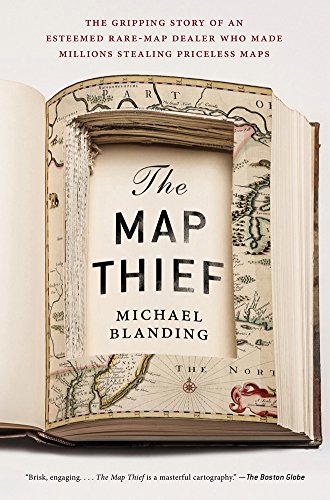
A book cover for The Map Thief: The Gripping Story of an Esteemed Rare-Map Dealer Who Made Millions Stealing Priceless Maps; Michael Blanding; Biographies & Memoirs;